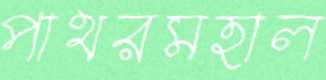
পাথরমহাল